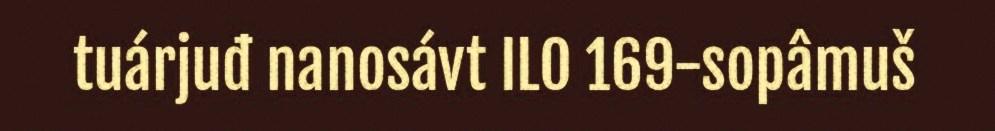
tuárjuđ nanosávt ILO 169-sopâmuš